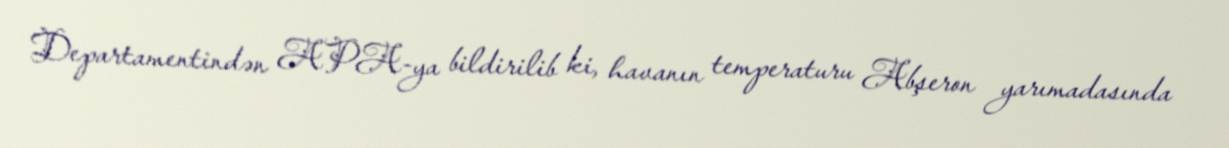
Departamentindən APA-ya bildirilib ki, havanın temperaturu Abşeron yarımadasında